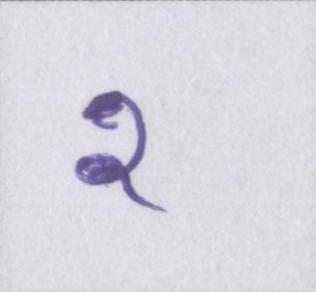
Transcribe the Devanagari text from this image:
२